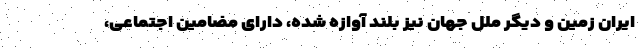
ایران زمین و دیگر ملل جهان نیز بلند آوازه شده، دارای مضامین اجتماعی،